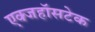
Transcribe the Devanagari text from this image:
एक्जहॉसटेक